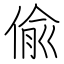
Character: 偸